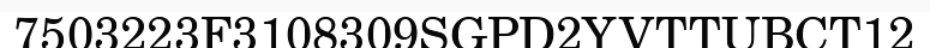
7503223F3108309SGPD2YVTTUBCT12